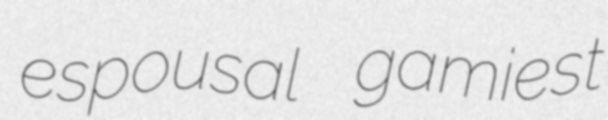
espousal gamiest